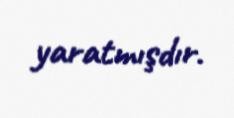
yaratmışdır.